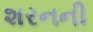
શરનની